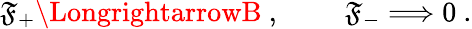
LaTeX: \mathfrak{F}_{+}\LongrightarrowB\ ,\qquad\ \mathfrak{F}_{-}\Longrightarrow0\ .